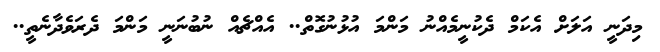
މިދަނީ އަލަށް އެކަމް ދެކުނީމެއްނު މަންމަ އުޅުނުގޮތް.. އެއްޗެއް ނުބުނަނީ މަންމަ ދެރަވެދާނެތީ..